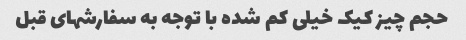
حجم چیز کیک خیلی کم شده با توجه به سفارشهای قبل